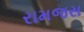
રામજસ